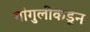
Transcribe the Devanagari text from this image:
गांगुलीकडून